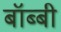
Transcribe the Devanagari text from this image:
बॉब्बी